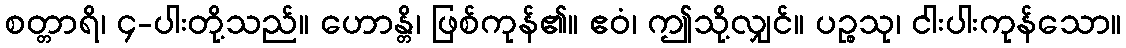
စတ္တာရိ၊ ၄-ပါးတို့သည်။ ဟောန္တိ၊ ဖြစ်ကုန်၏။ ဧဝံ၊ ဤသို့လျှင်။ ပဉ္စသု၊ ငါးပါးကုန်သော။